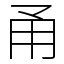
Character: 甬